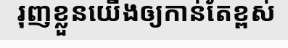
រុញខ្លួនយើងឲ្យកាន់តែខ្ពស់